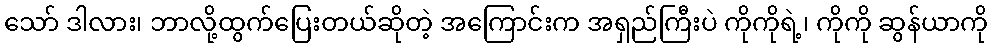
သော် ဒါလား၊ ဘာလို့ထွက်ပြေးတယ်ဆိုတဲ့ အကြောင်းက အရှည်ကြီးပဲ ကိုကိုရဲ့၊ ကိုကို ဆွန်ယာကို